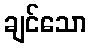
ချင်သော